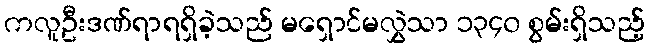
ကလူဦးဒဏ်ရာရရှိခဲ့သည် မရှောင်မလွှဲသာ ၁၃၄၀ စွမ်းရှိသည့်